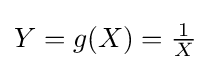
Y=g(X)={\tfrac {1}{X}}